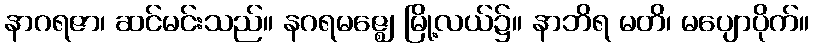
နာဂရဇာ၊ ဆင်မင်းသည်။ နဂရမဇ္ဈေ၊ မြို့လယ်၌။ နာဘိရ မတိ၊ မပျောပိုက်။